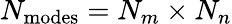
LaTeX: N_{\mathrm{modes}}=N_{m}\times N_{n}